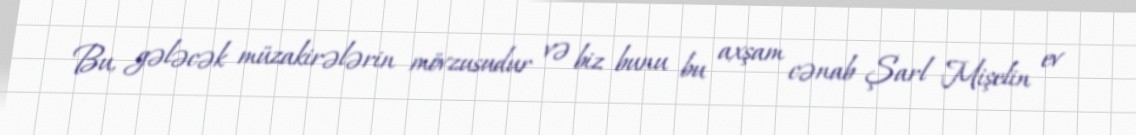
Bu, gələcək müzakirələrin mövzusudur və biz bunu bu axşam cənab Şarl Mişelin ev